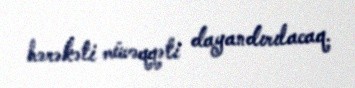
hərəkəti müvəqqəti dayandırılacaq.